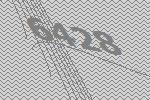
6428